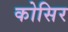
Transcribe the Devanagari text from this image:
कोसिर